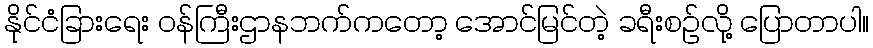
နိုင်ငံခြားရေး ဝန်ကြီးဌာနဘက်ကတော့ အောင်မြင်တဲ့ ခရီးစဉ်လို့ ပြောတာပါ။